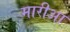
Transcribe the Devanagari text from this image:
मारीआ